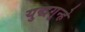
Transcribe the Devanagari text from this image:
युद्धगुन्हे